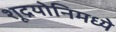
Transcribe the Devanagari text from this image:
शूद्रयोनिमध्ये